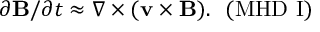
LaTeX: \partial { \bf B } / \partial t \approx \nabla \times ( \bf v \times \bf B ) . ~ ~ ( \mathrm { M H D ~ I ) }